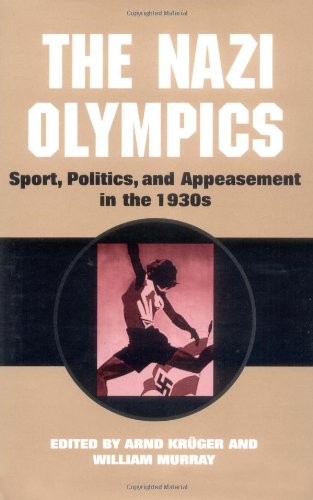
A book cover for The Nazi Olympics: Sport, Politics, and Appeasement in the 1930s; Arnd Kruger; Sports & Outdoors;